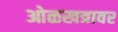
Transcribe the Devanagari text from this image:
ओळखत्रावर